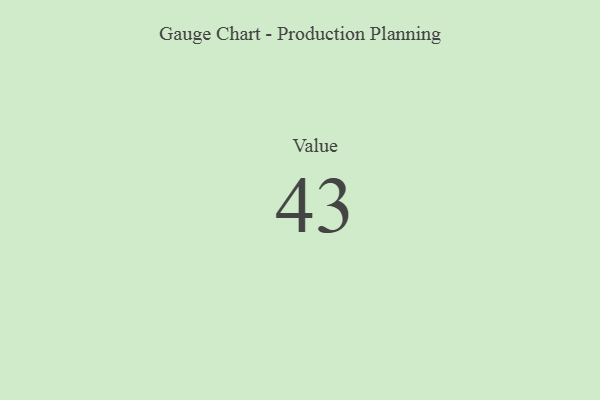
{"axis": {"x": "Metric", "y": "Value"}, "legend": [""], "data": [{"x": "Value", "y": 43, "type": ""}]}